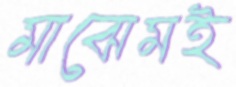
মাঝেমই